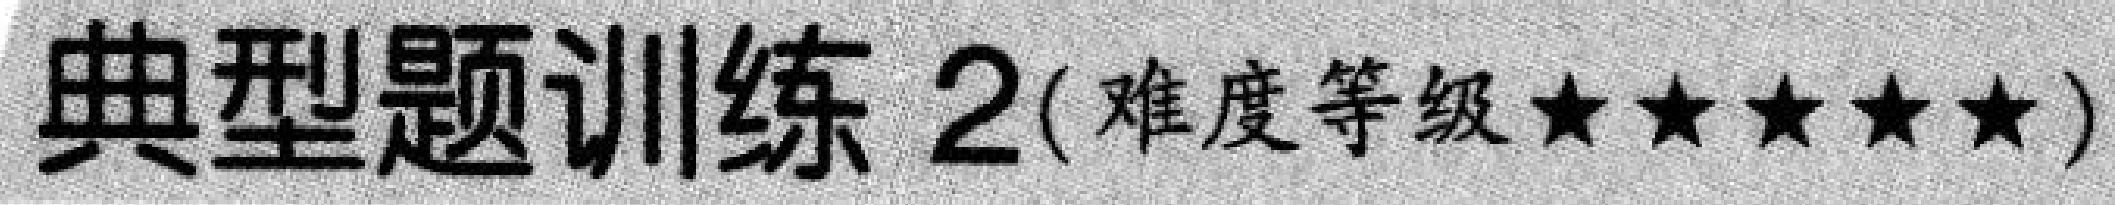
典型题训练 2(难度等级$\star\star\star\star\star$)